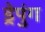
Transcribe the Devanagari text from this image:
ड्रेपुंग